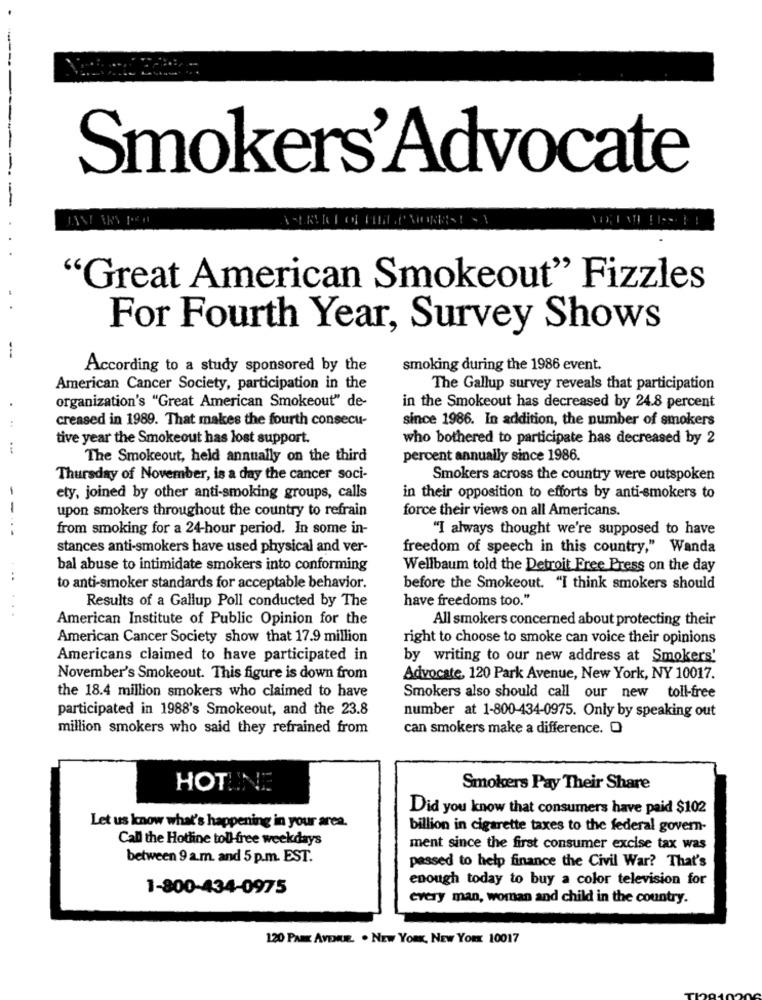
-
Smokers'Advocate
"Great American Smokeout" Fizzles
For Fourth Year, Survey Shows
-.
According to a study sponsored by the
smoking during the 1986 event.
American Cancer Society, participation in the
The Gallup survey reveals that participation
organization's "Great American Smokeout" de-
in the Smokeout has decreased by 24.8 percent
creased in 1989. That makes the fourth consecu-
since 1986. In addition, the number of smokers
..
tive year the Smokeout has lost support.
who bothered to participate has decreased by 2
The Smokeout, held annually on the third
percent annually since 1986.
Thursday of November, is a day the cancer soci-
Smokers across the country were outspoken
ety, joined by other anti-smoking groups, calls
in their opposition to efforts by anti-smokers to
--
force their views on all Americans.
upon smokers throughout the country to refrain
..
from smoking for a 24-hour period. In some in-
"I always thought we're supposed to have
stances anti-smokers have used physical and ver-
freedom of speech in this country," Wanda
bal abuse to intimidate smokers into conforming
Wellbaum told the Detroit Free Press on the day
...
to anti-smoker standards for acceptable behavior.
before the Smokeout. "I think smokers should
have freedoms too."
Results of a Gallup Poll conducted by The
American Institute of Public Opinion for the
All smokers concerned about protecting their
American Cancer Society show that 17.9 million
right to choose to smoke can voice their opinions
Americans claimed to have participated in
by writing to our new address at Smokers'
November's Smokeout. This figure is down from
Advocate, 120 Park Avenue, New York, NY 10017.
the 18.4 million smokers who claimed to have
Smokers also should call our new toll-free
participated in 1988's Smokeout, and the 23.8
number at 1-800-434-0975. Only by speaking out
million smokers who said they refrained from
can smokers make a difference. O
HOTLINE
Smokers Pay Their Share
Did you know that consumers have paid $102
Let us know what's happening in your area.
billion in cigarette taxes to the federal govern-
Call the Hotline toll-free weekdays
ment since the first consumer excise tax was
between 9 a.m. and 5 p.m. EST.
passed to help finance the Civil War? That's
enough today to buy a color television for
1-800-434-0975
every man, woman and child in the country.
120 PARK AVENUE. . NEW YORK, NEW YORK 10017